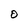
Character: O